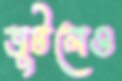
জুটলেও